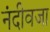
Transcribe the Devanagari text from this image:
नंदीवजा